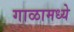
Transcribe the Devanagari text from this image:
गाळामध्ये